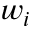
w _ { i }